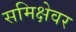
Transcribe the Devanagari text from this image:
समिक्षेवर